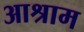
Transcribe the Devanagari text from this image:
आश्राम